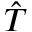
\hat { T }